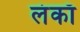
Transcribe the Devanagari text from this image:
लंकाँ